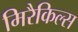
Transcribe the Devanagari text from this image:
मिरैकिल्स